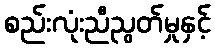
စည်းလုံးညီညွတ်မှုနှင့်